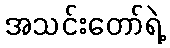
အသင်းတော်ရဲ့